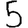
Digit: 5